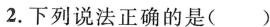
2.下列说法正确的是( )